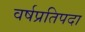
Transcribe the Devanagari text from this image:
वर्षप्रतिपदा